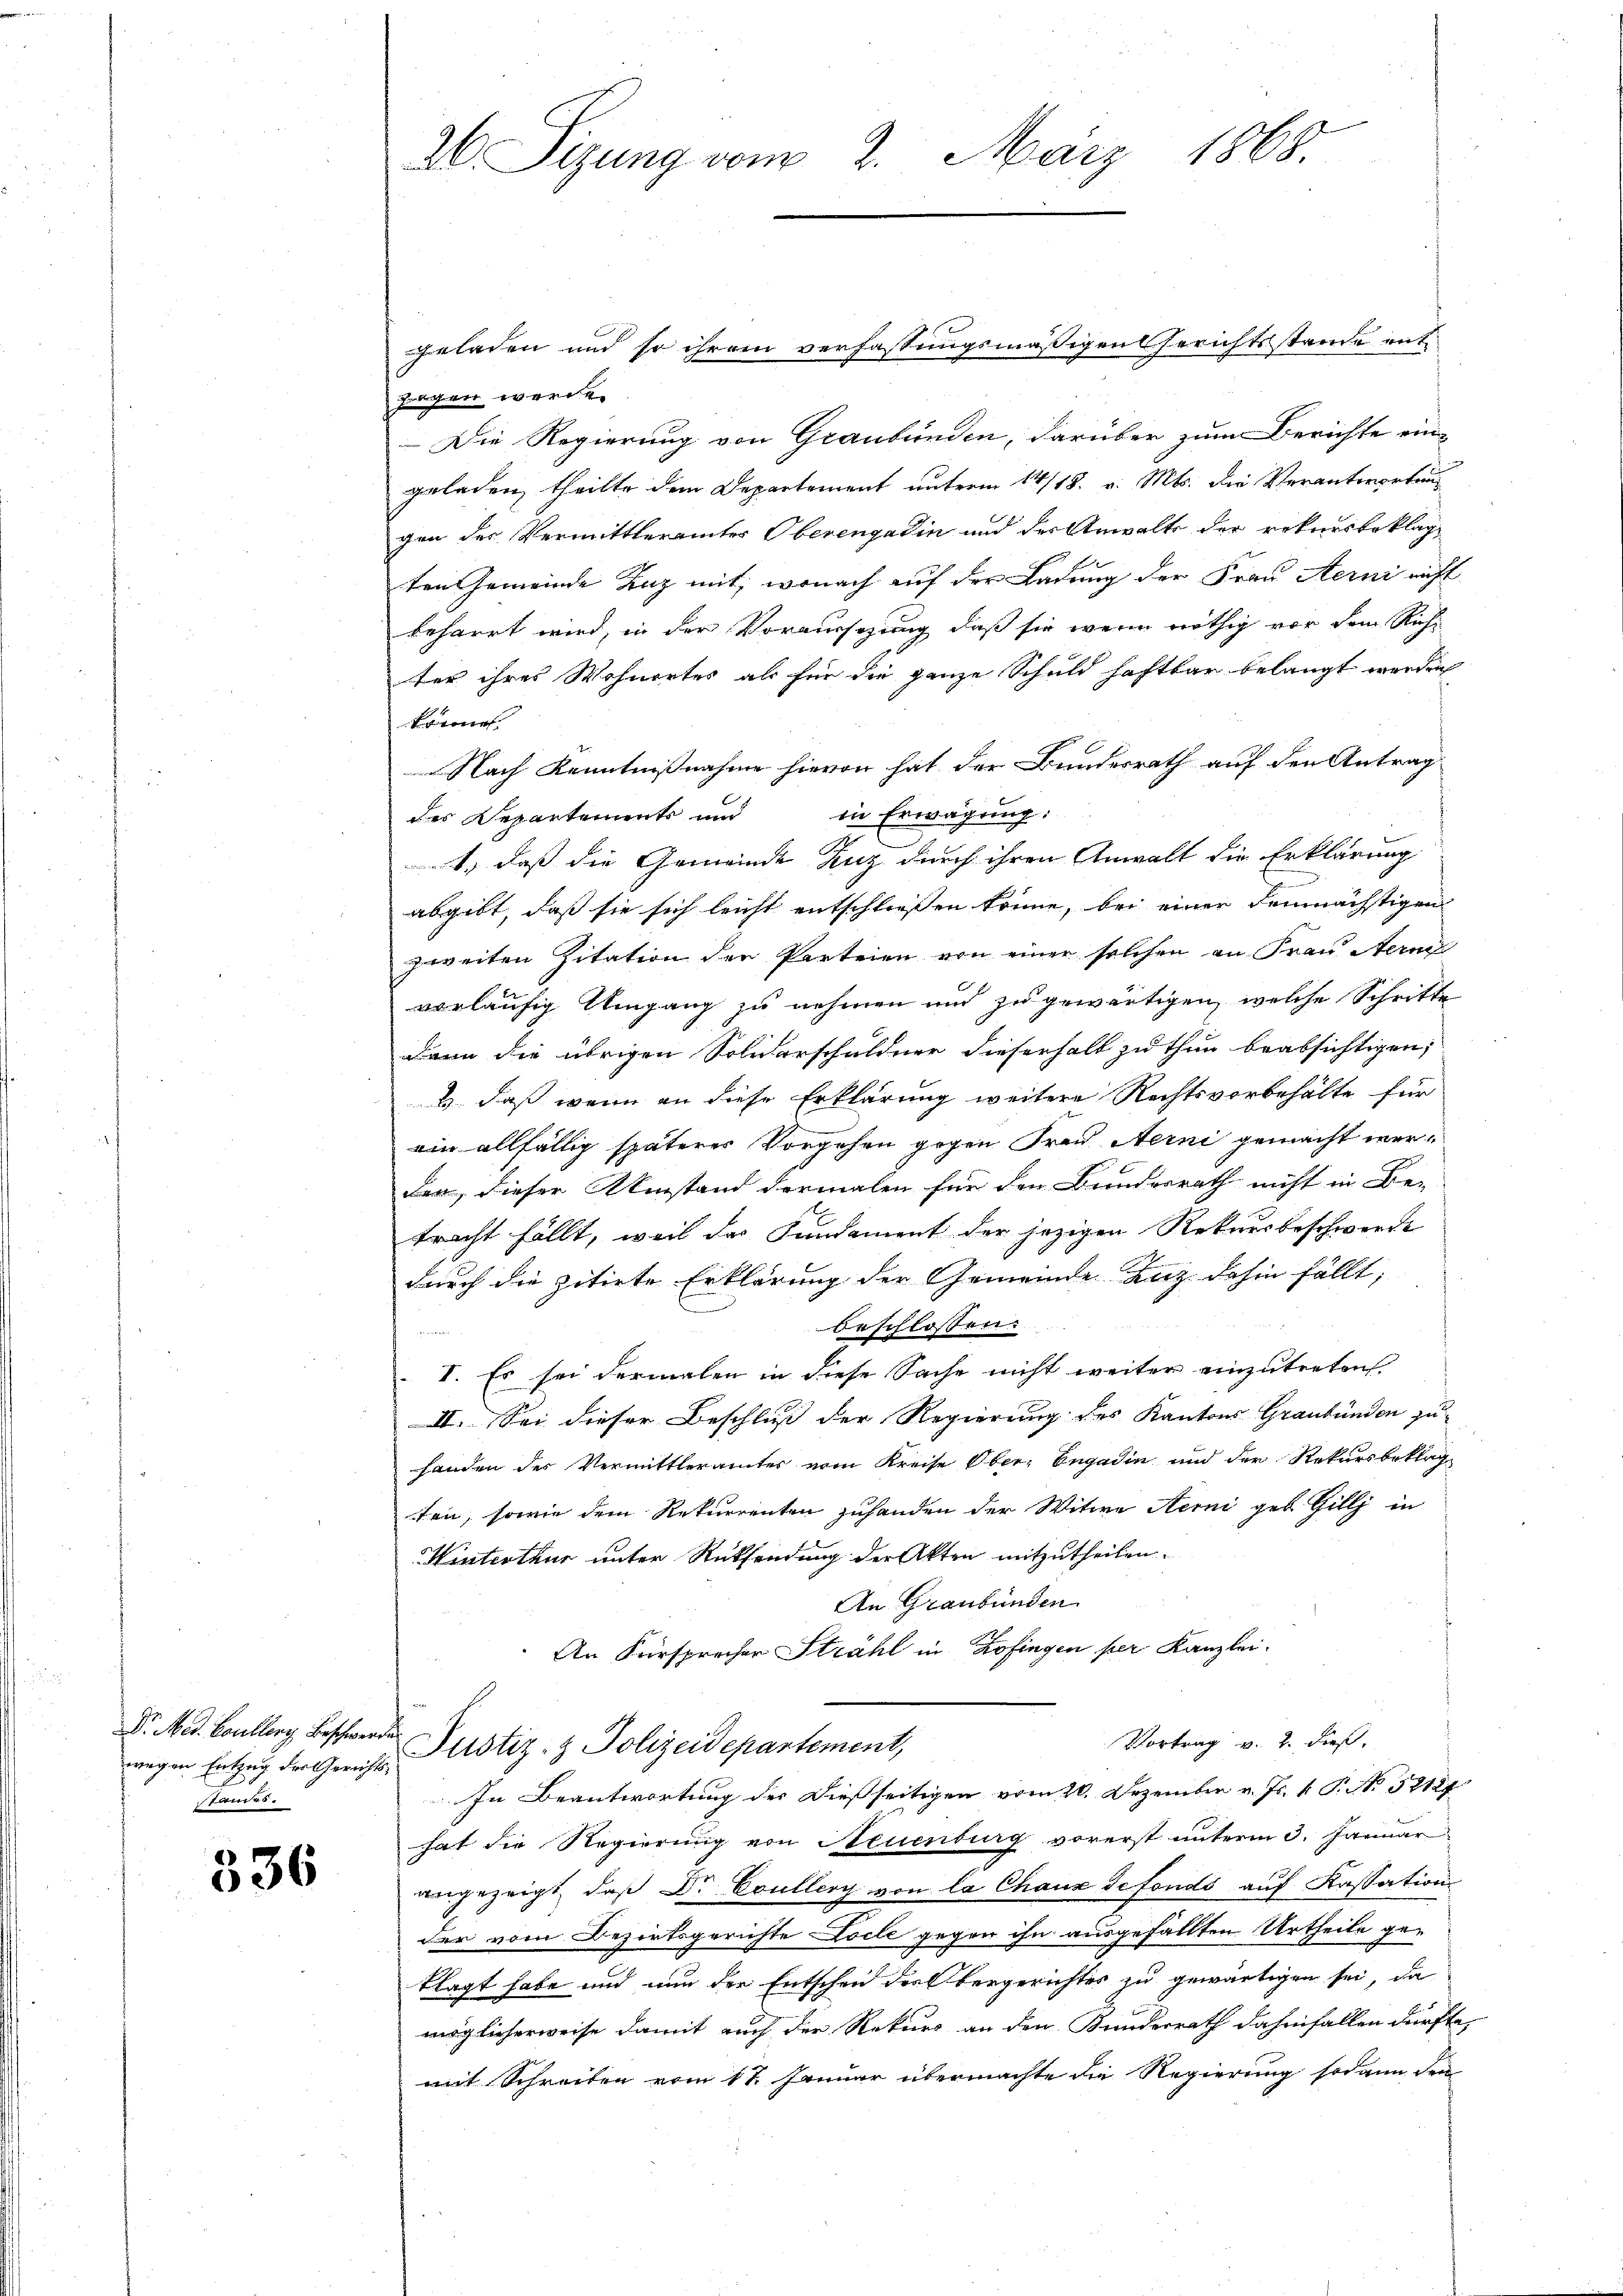
Dr. Med. Couller Beschwerde.
James.

336

26. Sizung vom 2. März 1868.

geladen und so ihrem verfassungsmäßigen Gerichtsstande entzagen werde.
Die Regierung von Graubünden, darüber zum Berichte ein-
geladen, theilte dem Departement unterm 14/18. v. Mts. die Verantwortung
gen des Vermittleramtes Oberengadin und der Anwalts der rekursbeklagten Gemeinde Lenz mit, wonach auf der Ladung der Frau Sterni nicht
beharrt wird, in der Voraussezung, daß sie wenn nöthig vor dem Richter ihres Wohnortes als für die ganze Schuld haftbar belangt werden
könne.
Nach Kenntnißnahme hievon hat der Bundesrath auf den Antrag
des Departements und in Erwägung:
4, daß die Gemeinde Zuz durch ihren Anwalt die Erklärung
abgibt, daß sie sich leicht entschliessen könne, bei einer demnächstigen
zweiten Zitation der Parteien von einer solchen an Frau Sterner
vorläufig Umgang zu nehmen und zu gewärtigen, welche Schritte
Dann die übrigen Solierschuldner dieserhalb zu thun beabsichtigen,
 daß wenn an diese Erklärung weitere Rechtsvorbehalte für
ein allfällig späterer Vorgehen gegen Frau Nerni gemacht werder, dieser Umstand dermalen für den Bundesrath nicht in Be-
tracht fällt, weil das Sandament der jezigen Rekursbeschwerde
durch die zitirte Erklärung der Gemeinde Laz dahin fällt,
beschlossen:
I. Es sei dermalen in diese Sache nicht weiter einzutreten.
II. Sei dieser Beschluß der Regierung des Kantons Graubünden zu
handen der Vermittlerämter vom Kreise Ober-Engadin und der Rekursbeklag
ten, sowie dem Rekurrenten zuhanden der Witwe Sterni geb. Gilly in
Kinterthur unter Rücksendung der Akten mitzutheilen.
An Graubünden
An Fürsprecher Strahl in Zofingen per Kanzlei-
Vortrag v. 2. dieß,
wegen Entzug der Gericht Pustiz- & Polizeidepartement,
In Beantwortung der dießseitigen vom 20. Dezember v. Js. k. P. No 52127
hat die Regierung von Neuenburg vorerst unterm 3. Januar
angezeigt, daß Dr Couller von la Chaux defonds auf Kassation
der vom Bezirksgerichte Locle gegen ihn ausgefällten Urtheile geklagt habe und nun der Entschen des Obergerichtes zu gewärtigen sei, da
möglicherweise damit auch der Rekurs an den Kunderrath dahinfallen dürfte,
mit Schreiben vom 17. Januar übermachte die Regierung sodann den